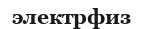
электрфиз